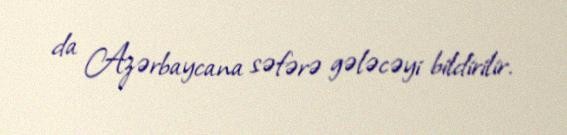
da Azərbaycana səfərə gələcəyi bildirilir.